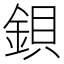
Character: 鋇